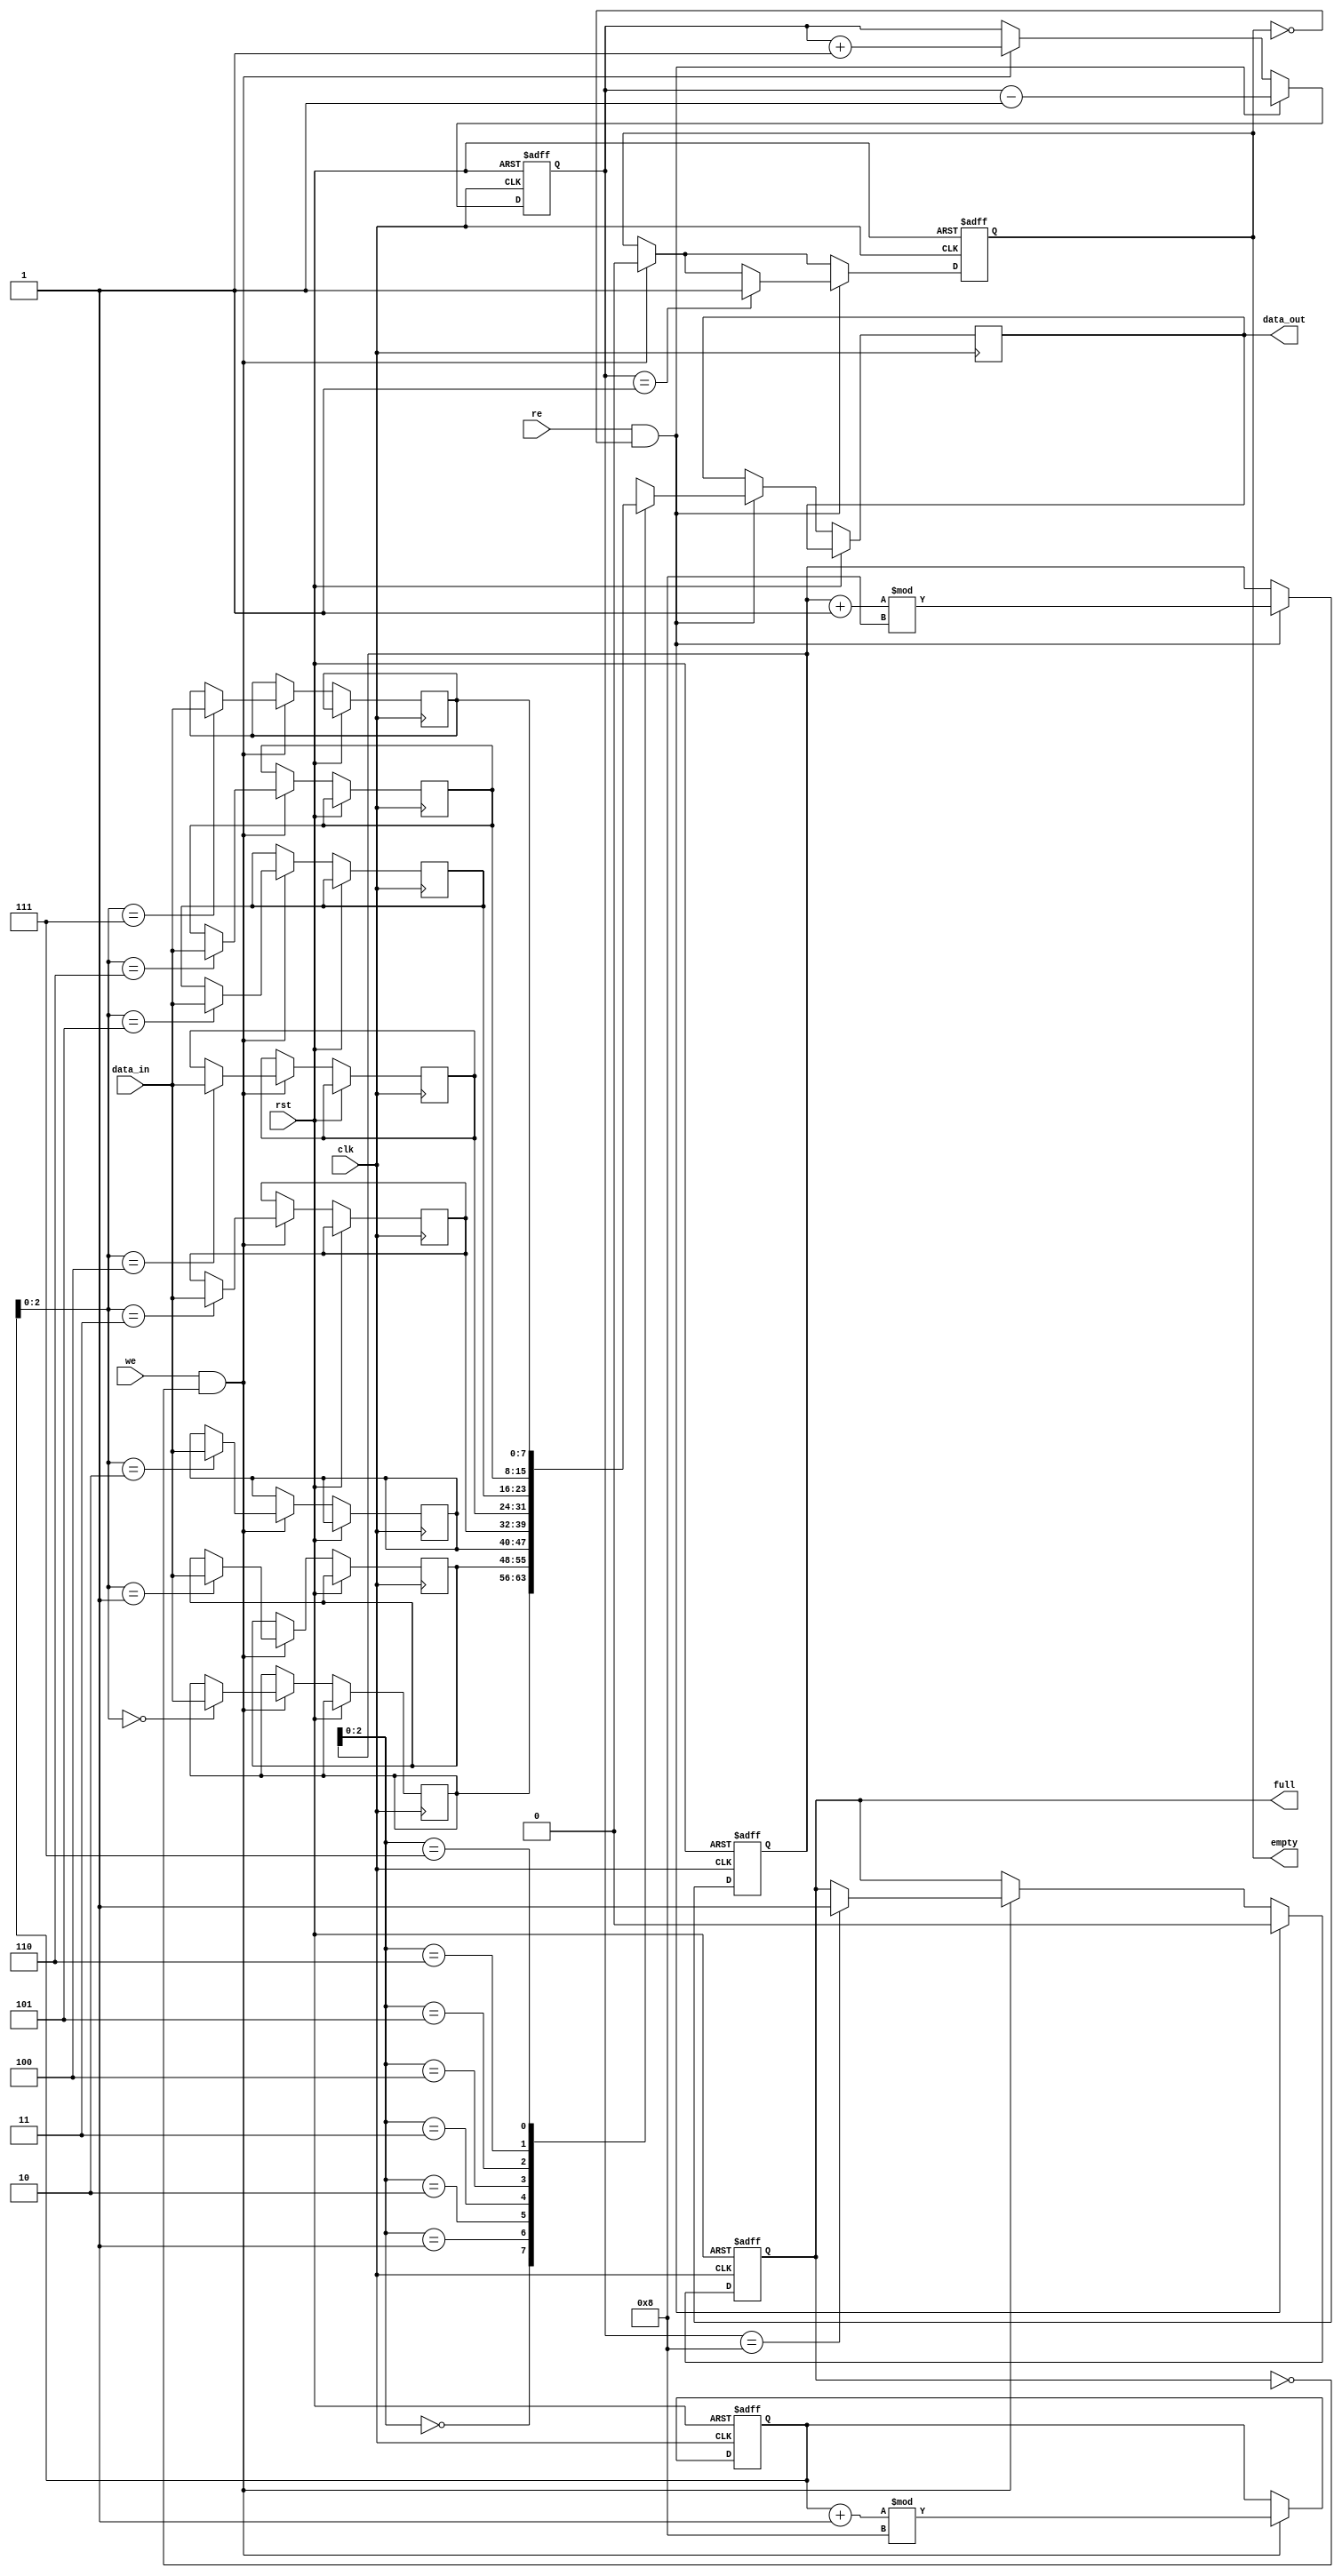
module circular_fifo (
  input wire clk,        // clock input
  input wire rst,        // asynchronous reset input
  input wire we,         // write enable input
  input wire re,         // read enable input
  input wire [DATA_WIDTH-1:0] data_in,  // data input
  output reg [DATA_WIDTH-1:0] data_out, // data output
  output reg full,       // full signal output
  output reg empty       // empty signal output
);

parameter DEPTH = 8;     // depth of FIFO buffer
parameter DATA_WIDTH = 8; // width of data

reg [DATA_WIDTH-1:0] fifo [DEPTH-1:0]; // FIFO buffer
reg [31:0] wr_ptr;       // write pointer
reg [31:0] rd_ptr;       // read pointer
reg [7:0] count;         // counter to track number of elements in buffer

always @ (posedge clk or posedge rst)
begin
  if (rst)
  begin
    wr_ptr <= 0;
    rd_ptr <= 0;
    count <= 0;
    full <= 0;
    empty <= 1;
  end
  else
  begin
    // Write data to FIFO
    if (we && !full)
    begin
      fifo[wr_ptr] <= data_in;
      wr_ptr <= (wr_ptr + 1) % DEPTH;
      count <= count + 1;
      if (count == DEPTH)
        full <= 1;
      empty <= 0;
    end

    // Read data from FIFO
    if (re && !empty)
    begin
      data_out <= fifo[rd_ptr];
      rd_ptr <= (rd_ptr + 1) % DEPTH;
      count <= count - 1;
      if (count == 1)
        empty <= 1;
      full <= 0;
    end
  end
end

endmodule